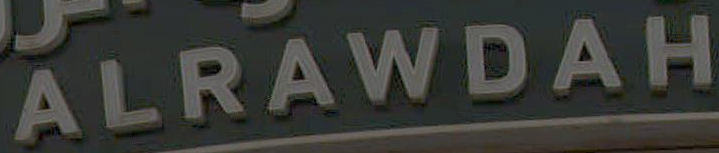
ALRAWDAH